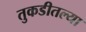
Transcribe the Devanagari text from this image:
तुकडीतल्या